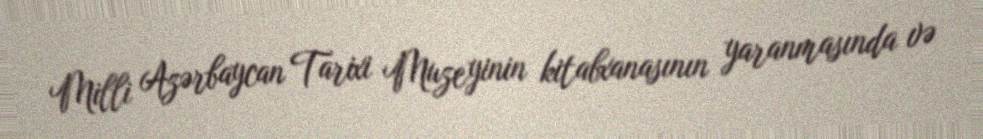
Milli Azərbaycan Tarixi Muzeyinin kitabxanasının yaranmasında və